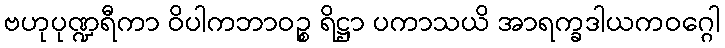
ဗဟုပုဏ္ဍရီကာ ဝိပါကဘာဝဉ္စ ရိဋ္ဌာ ပကာသယိ အာရက္ခဒါယကဝဂ္ဂေါ